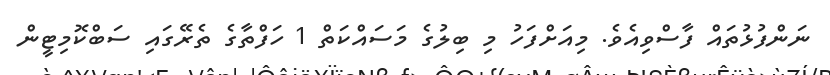
ނަންފުޅުތައް ފާސްވިއެވެ. މިއަށްފަހު މި ބިލުގެ މަސައްކަތް 1 ހަފްތާގެ ތެރޭގައި ސަބްކޮމިޓީން